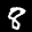
Digit: 8